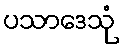
ပသာဒေသုံ